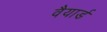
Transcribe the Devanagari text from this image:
वैयार्ड